Indian journal of veterinary science and animal husbandry - Volumes 26-27, 1956-1957
Year: 1956
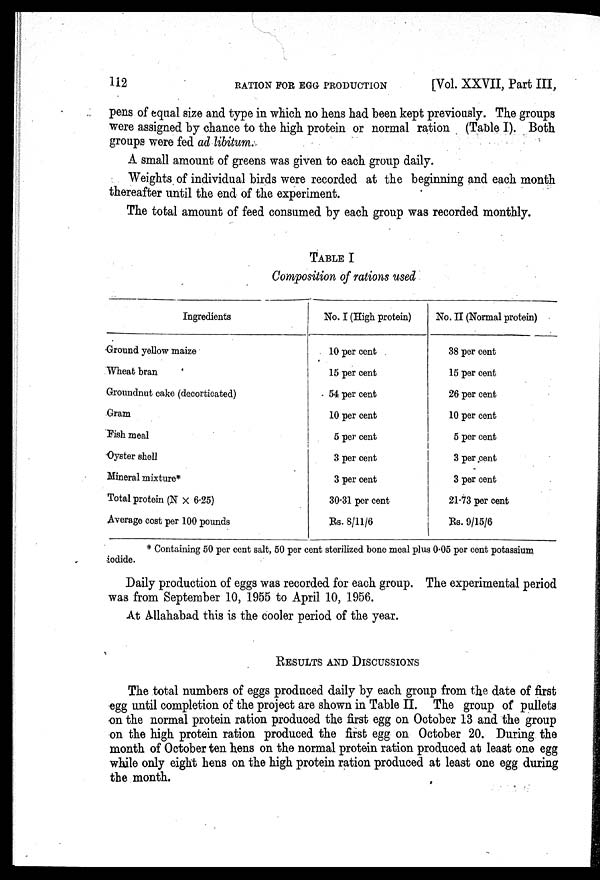
112
RATION
FOR
EGG
PRODUCTION
[Vol. XXVII, Part III,
pens of equal size and type in which no hens had been kept previously. The groups
were assigned by chance to the high protein or normal ration (Table I). Both
groups were fed ad libitum.
A small amount of greens was given to each group daily.
Weights of individual birds were recorded at the beginning and each month
thereafter until the end of the experiment.
The total amount of feed consumed by each group was recorded monthly.
TABLE I
Composition of rations used
Ingredients
Ground yellow maize
Wheat bran
Groundnut cake (decorticated)
Gram
Pish meal
Oyster shell
Mineral mixture*
Total protein (N × 6.25)
Average cost per 100 pounds
No. I (High protein)
10 per cent
15 per cent
54 per cent
10 per cent
5 per cent
3 per cent
3 per cent
30.31 per cent
Rs. 8/11/6
No. II (Normal protein
38 per cent
15 per cent
26 per cent
10 per cent
5 per cent
3 per cent
3 per cent
21.73 per cent
Rs. 9/15/6
* Containing 50 per cent salt, 50 per cent sterilized bone meal plus 0.05 per cent potassium
iodide.
Daily production of eggs was recorded for each group. The experimental period
was from September 10, 1955 to April 10, 1956.
At Allahabad this is the cooler period of the year.
RESULTS AND DISCUSSIONS
The total numbers of eggs produced daily by each group from the date of first
egg until completion of the project are shown in Table II. The group of pullets
on the normal protein ration produced the first egg on October 13 and the group
on the high protein ration produced the first egg on October 20. During the
month of October ten hens on the normal protein ration produced at least one egg
while only eight hens on the high protein ration produced at least one egg during
the month.